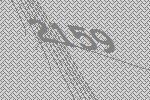
2159